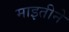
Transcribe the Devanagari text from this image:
माइतीने